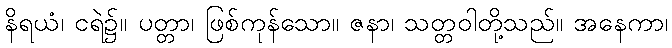
နိရယံ၊ ငရဲ၌။ ပတ္တာ၊ ဖြစ်ကုန်သော။ ဇနာ၊ သတ္တဝါတို့သည်။ အနေကာ၊